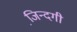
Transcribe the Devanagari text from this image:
जि़न्दगी